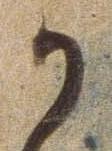
か